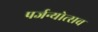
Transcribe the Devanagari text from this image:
पर्जन्योत्सव